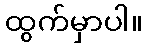
ထွက်မှာပါ။